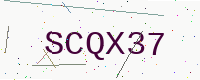
Text: SCQX37